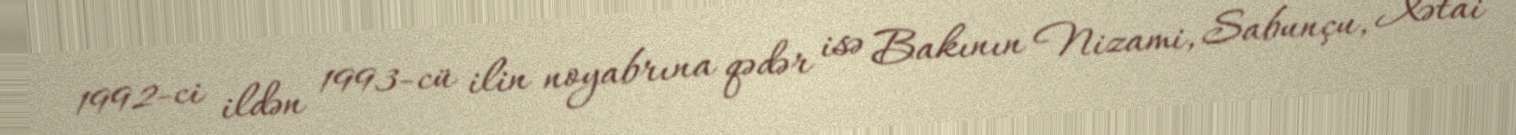
1992-ci ildən 1993-cü ilin noyabrına qədər isə Bakının Nizami, Sabunçu, Xətai